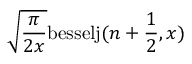
\sqrt { \frac { \pi } { 2 x } } \mathrm { b e s s e l j } ( n + \frac { 1 } { 2 } , x )